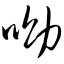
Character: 呦